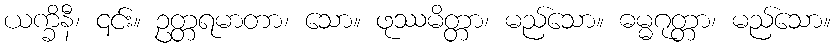
ယက္ခိနီ၊ ၎င်း။ ဥတ္တရမာတာ၊ သော။ ဖုဿမိတ္တာ၊ မည်သော။ ဓမ္မဂုတ္တာ၊ မည်သော။